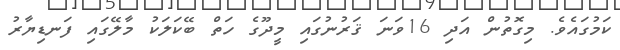
ކަމުގައެވެ. މިގޮތުން އަދި 16ވަނަ ޤަރުނުގައި މީދޫގެ ހަތް ބޭކަލަކު މާލޭގައި ފަނޑިޔާރު